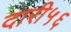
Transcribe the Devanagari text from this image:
दारी५६